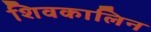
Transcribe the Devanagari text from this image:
शिवकालिन